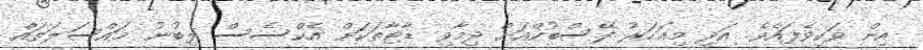
އިން ވަކިވެފައެވެ. އަދި މިއަހަރު ފޭސްބުކްއަށް ދިމާވި ޑާޓާތަކަށް އެކްސެސް ލިބުނު މައްސަލަތައް